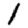
Digit: 1